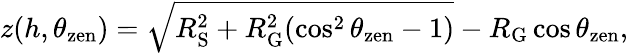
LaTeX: z(h,\theta_{\mathrm{zen}})=\sqrt{R_{\mathrm{S}}^{2}+R_{\mathrm{G}}^{2}(\cos^{2}\theta_{\mathrm{zen}}-1)}-R_{\mathrm{G}}\cos\theta_{\mathrm{zen}},